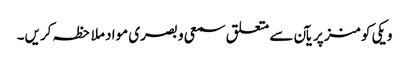
ویکی کومنز پر یآن سے متعلق سمعی و بصری مواد ملاحظہ کریں۔